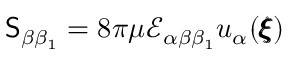
\mathsf { S } _ { \beta \beta _ { 1 } } = 8 \pi \mu \mathcal { E } _ { \alpha \beta \beta _ { 1 } } u _ { \alpha } ( { \pmb \xi } )